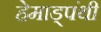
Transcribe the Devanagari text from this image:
हेमाड्पंथी